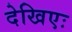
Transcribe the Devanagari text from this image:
देखिएः